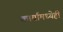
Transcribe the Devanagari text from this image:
कार्यामध्येही